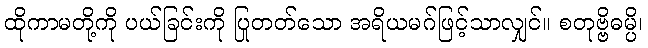
ထိုကာမတို့ကို ပယ်ခြင်းကို ပြုတတ်သော အရိယမဂ်ဖြင့်သာလျှင်။ စတုဗ္ဗိဓမ္ပိ၊